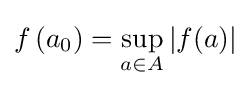
f\left(a_{0}\right)=\sup _{a\in A}|f(a)|